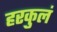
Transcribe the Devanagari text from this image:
हरकुलं